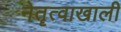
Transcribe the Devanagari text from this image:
नेतॄत्वाखाली